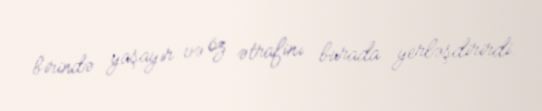
birində yaşayır və öz ətrafinı burada yerləşdirirdi.